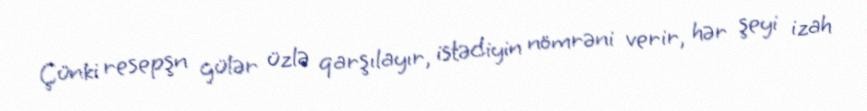
Çünki resepşn gülər üzlə qarşılayır, istədiyin nömrəni verir, hər şeyi izah